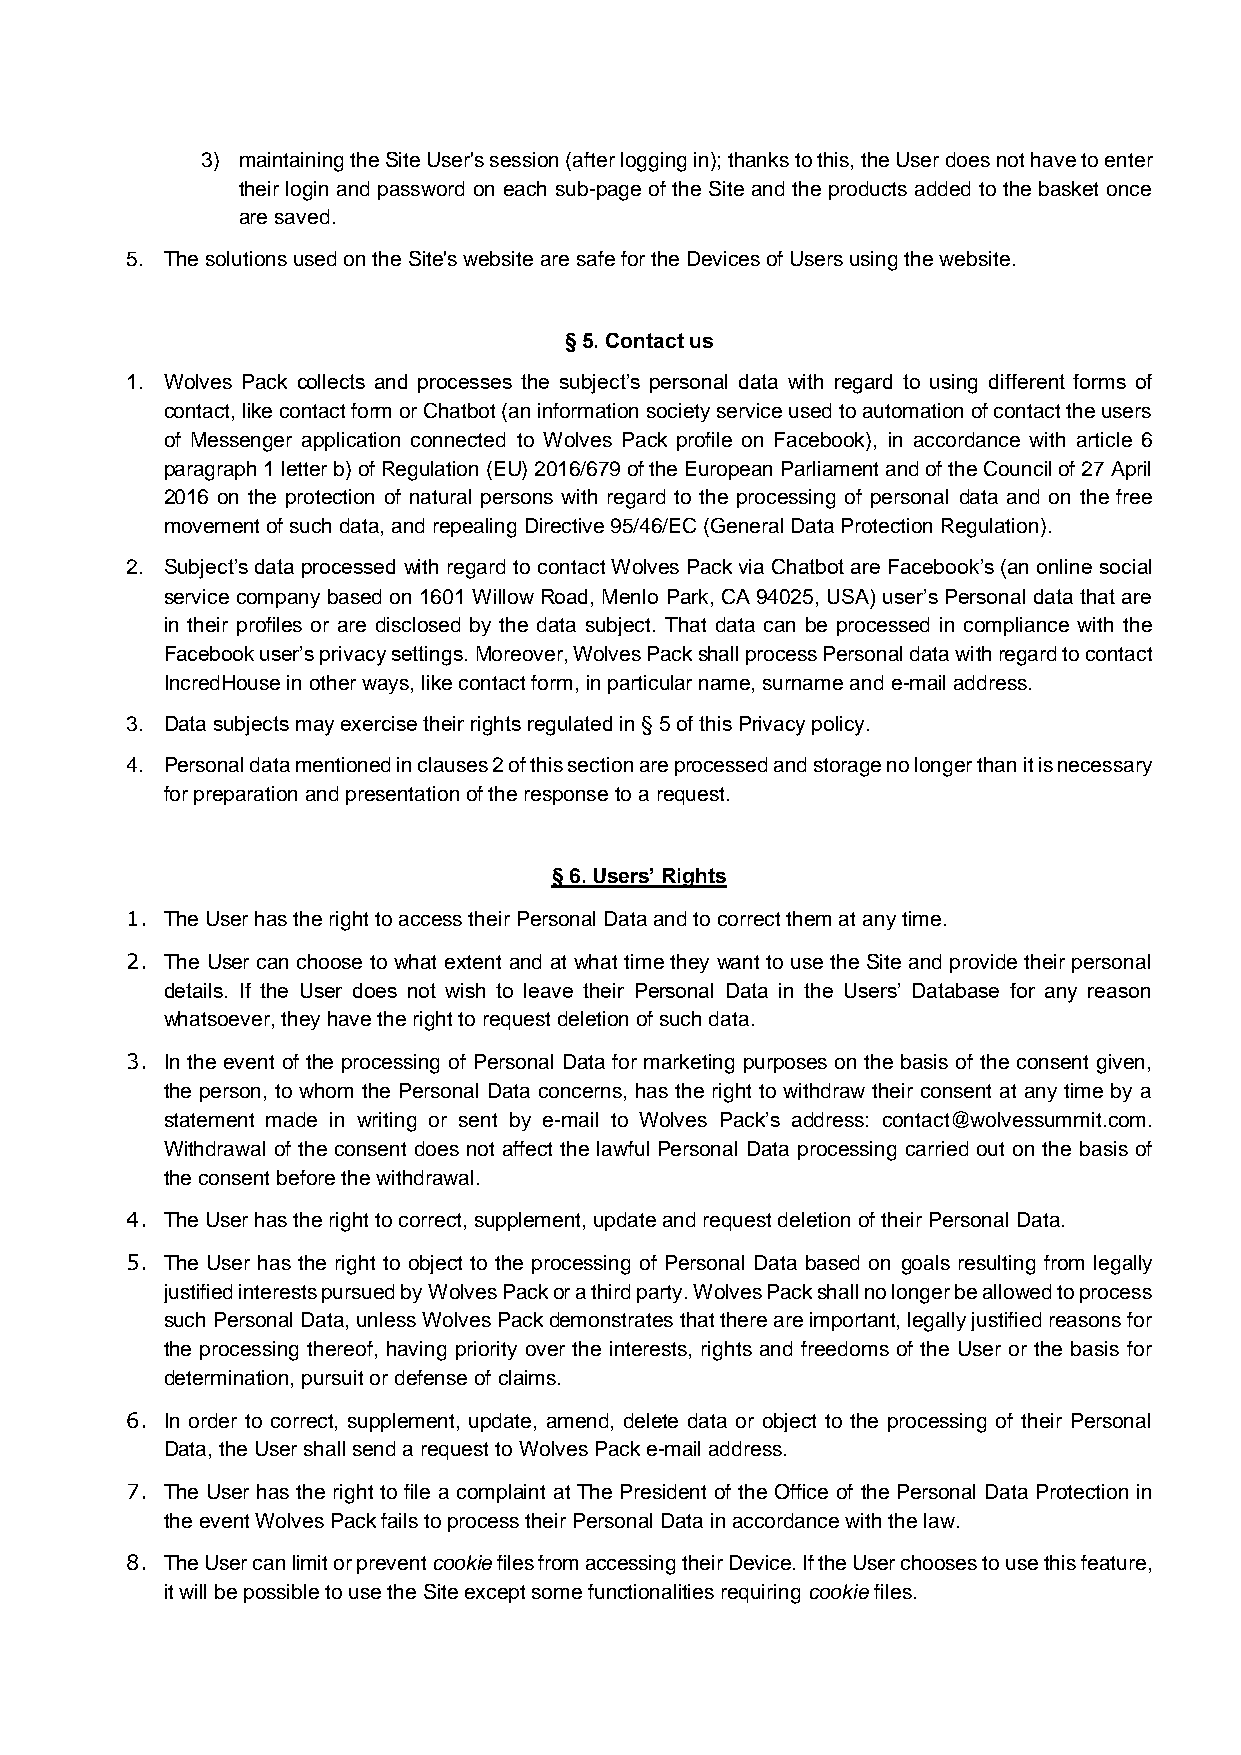
3) maintaining the Site User's session (after logging in); thanks to this, the User does not have to enter
 their login and password on each sub-page of the Site and the products added to the basket once
 are saved.
 5. The solutions used on the Site's website are safe for the Devices of Users using the website.
 § 5. Contact us
 1. Wolves Pack collects and processes the subject’s personal data with regard to using different forms of
 contact, like contact form or Chatbot (an information society service used to automation of contact the users
 of Messenger application connected to Wolves Pack profile on Facebook), in accordance with article 6
 paragraph 1 letter b) of Regulation (EU) 2016/679 of the European Parliament and of the Council of 27 April
 2016 on the protection of natural persons with regard to the processing of personal data and on the free
 movement of such data, and repealing Directive 95/46/EC (General Data Protection Regulation).
 2. Subject’s data processed with regard to contact Wolves Pack via Chatbot are Facebook’s (an online social
 service company based on 1601 Willow Road, Menlo Park, CA 94025, USA) user’s Personal data that are
 in their profiles or are disclosed by the data subject. That data can be processed in compliance with the
 Facebook user’s privacy settings. Moreover, Wolves Pack shall process Personal data with regard to contact
 IncredHouse in other ways, like contact form, in particular name, surname and e-mail address.
 3. Data subjects may exercise their rights regulated in § 5 of this Privacy policy.
 4. Personal data mentioned in clauses 2 of this section are processed and storage no longer than it is necessary
 for preparation and presentation of the response to a request.
 § 6. Users’ Rights
 1. The User has the right to access their Personal Data and to correct them at any time.
 2. The User can choose to what extent and at what time they want to use the Site and provide their personal
 details. If the User does not wish to leave their Personal Data in the Users’ Database for any reason
 whatsoever, they have the right to request deletion of such data.
 3. In the event of the processing of Personal Data for marketing purposes on the basis of the consent given,
 the person, to whom the Personal Data concerns, has the right to withdraw their consent at any time by a
 statement made in writing or sent by e-mail to Wolves Pack’s address: contact@wolvessummit.com.
 Withdrawal of the consent does not affect the lawful Personal Data processing carried out on the basis of
 the consent before the withdrawal.
 4. The User has the right to correct, supplement, update and request deletion of their Personal Data.
 5. The User has the right to object to the processing of Personal Data based on goals resulting from legally
 justified interests pursued by Wolves Pack or a third party. Wolves Pack shall no longer be allowed to process
 such Personal Data, unless Wolves Pack demonstrates that there are important, legally justified reasons for
 the processing thereof, having priority over the interests, rights and freedoms of the User or the basis for
 determination, pursuit or defense of claims.
 6. In order to correct, supplement, update, amend, delete data or object to the processing of their Personal
 Data, the User shall send a request to Wolves Pack e-mail address.
 7. The User has the right to file a complaint at The President of the Office of the Personal Data Protection in
 the event Wolves Pack fails to process their Personal Data in accordance with the law.
 8. The User can limit or prevent cookie files from accessing their Device. If the User chooses to use this feature,
 it will be possible to use the Site except some functionalities requiring cookie files.